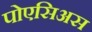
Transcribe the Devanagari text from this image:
पोएसिअस